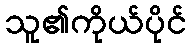
သူ၏ကိုယ်ပိုင်